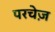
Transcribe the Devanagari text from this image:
परचेज़